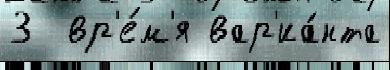
3  вр'е́м'я вар'иа́нта